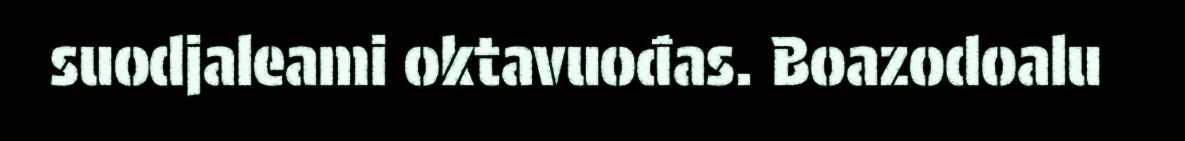
suodjaleami oktavuođas. Boazodoalu